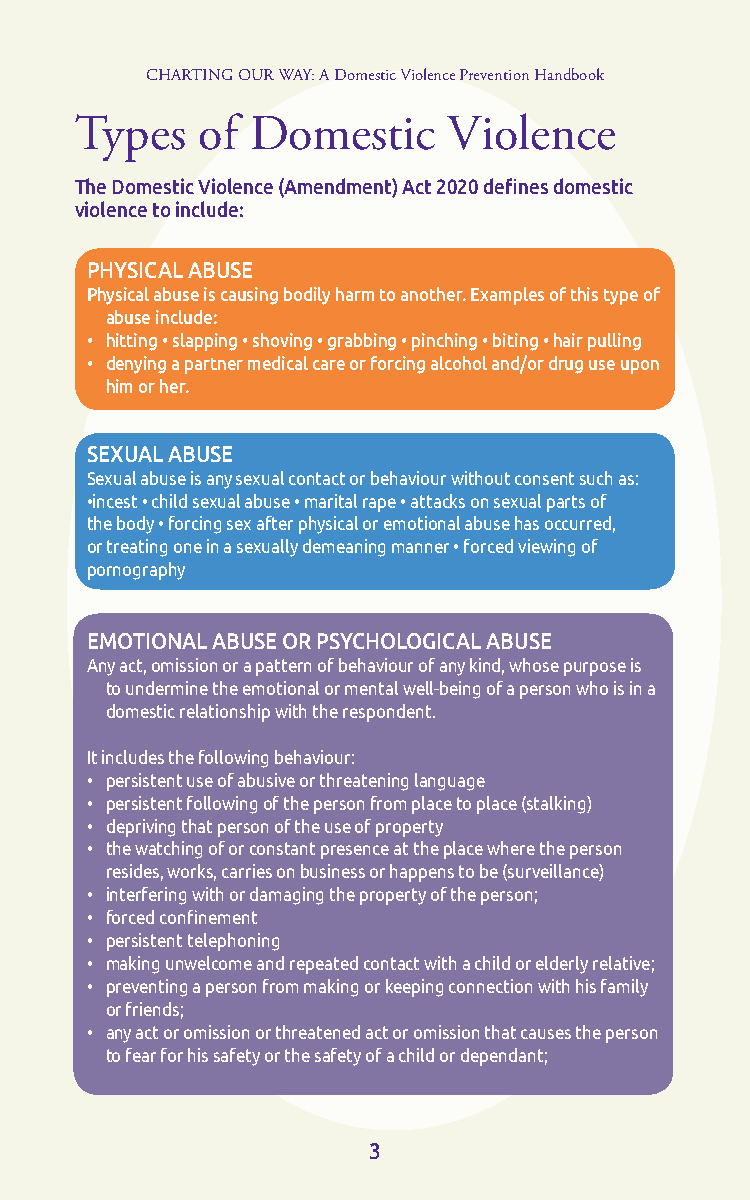
CHARTING OUR WAY: A Domestic Violence Prevention Handbook
 Types   of  Domestic     Violence
 The Domestic Violence (Amendment) Act 2020 defines domestic
 violence to include:
 PHYSICAL ABUSE
 Physical abuse is causing bodily harm to another. Examples of this type of
 abuse include:
 • hitting • slapping • shoving • grabbing • pinching • biting • hair pulling
 • denying a partner medical care or forcing alcohol and/or drug use upon
 him or her.
 SEXUAL ABUSE
 Sexual abuse is any sexual contact or behaviour without consent such as:
 •incest • child sexual abuse • marital rape • attacks on sexual parts of
 the body • forcing sex after physical or emotional abuse has occurred,
 or treating one in a sexually demeaning manner • forced viewing of
 pornography
 EMOTIONAL ABUSE OR PSYCHOLOGICAL ABUSE
 Any act, omission or a pattern of behaviour of any kind, whose purpose is
 to undermine the emotional or mental well-being of a person who is in a
 domestic relationship with the respondent.
 It includes the following behaviour:
 • persistent use of abusive or threatening language
 • persistent following of the person from place to place (stalking)
 • depriving that person of the use of property
 • the watching of or constant presence at the place where the person
 resides, works, carries on business or happens to be (surveillance)
 • interfering with or damaging the property of the person;
 • forced confinement
 • persistent telephoning
 • making unwelcome and repeated contact with a child or elderly relative;
 • preventing a person from making or keeping connection with his family
 or friends;
 • any act or omission or threatened act or omission that causes the person
 to fear for his safety or the safety of a child or dependant;
 3